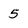
Character: 5